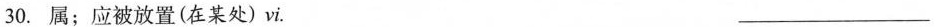
30.属；应被放置(在某处)vi. ___